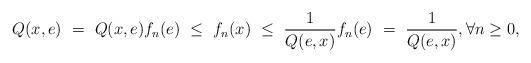
LaTeX: \begin{align*}Q(x,e) ~=~ Q(x,e) f_n (e) ~\leq~f_n(x) ~\leq~ \frac{1}{Q(e,x)} f_n (e) ~=~ \frac{1}{Q(e,x)}, \forall n\geq 0, \end{align*}